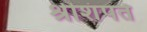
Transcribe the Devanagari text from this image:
श्रीशंपते